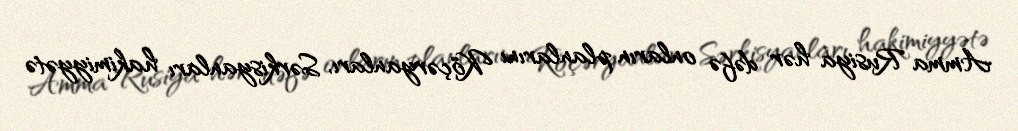
Amma Rusiya hər dəfə onların planlarını Köçəryanları, Sərkisyanları hakimiyyətə